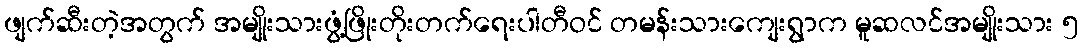
ဖျက်ဆီးတဲ့အတွက် အမျိုးသားဖွံ့ဖြိုးတိုးတက်ရေးပါတီဝင် တမန်းသားကျေးရွာက မူဆလင်အမျိုးသား ၅